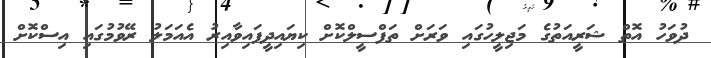
ދުވަހު އޮތް ޝަރީއަތުގެ މަޖިލީހުގައި ވަރަށް ތަފްސީލްކޮށް ކިޔައިދީފައިވާއިރު އެއަމަލު ރޭވުމުގައި އިސްކޮށް